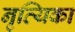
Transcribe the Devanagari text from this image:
नृत्यिका